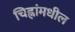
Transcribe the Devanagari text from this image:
चिह्नांमधील